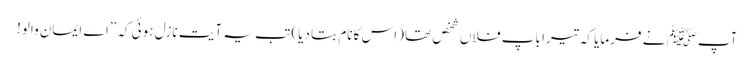
آپﷺ نے فرمایا کہ تیرا باپ فلاں شخص تھا (اس کا نام بتا دیا) تب یہ آیت نازل ہوئی کہ ”اے ایمان والو!